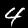
Digit: 4